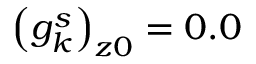
\left( g _ { k } ^ { s } \right) _ { z 0 } = 0 . 0